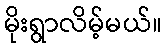
မိုးရွာလိမ့်မယ်။